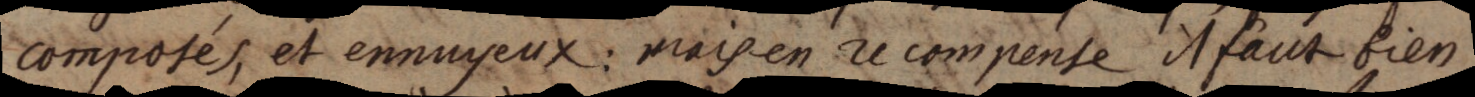
composés, et ennuyeux: mais en recompense il faut bien